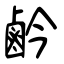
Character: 鹶